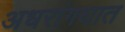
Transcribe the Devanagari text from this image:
अधरांगघात